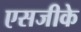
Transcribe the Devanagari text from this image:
एसजीके